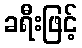
ခရီးဖြင့်